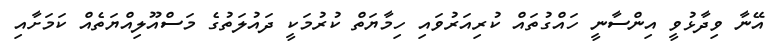
އޭނާ ވިދާޅުވީ އިންސާނީ ހައްގުތައް ކުރިއަރުވައި ހިމާޔަތް ކުރުމަކީ ދައުލަތުގެ މަސްއޫލިއްޔަތެއް ކަމަށާއި